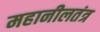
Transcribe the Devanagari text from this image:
महानीलतंत्र